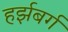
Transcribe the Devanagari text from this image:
हर्झबर्ग